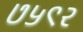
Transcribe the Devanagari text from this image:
७५९२